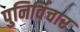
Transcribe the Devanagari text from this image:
पुनिर्विचार